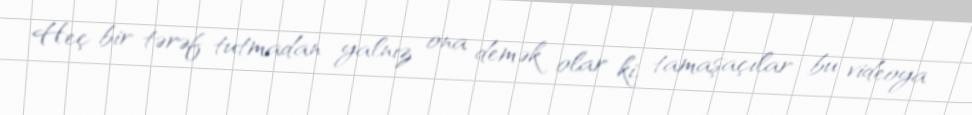
Heç bir tərəf tutmadan yalnız ona demək olar ki, tamaşaçılar bu videoya